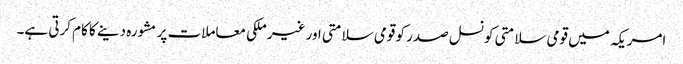
امریکہ میں قومی سلامتی کونسل صدر کو قومی سلامتی اور غیر ملکی معاملات پر مشورہ دینے کا کام کرتی ہے۔